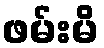
ဖမ်းမိ